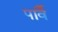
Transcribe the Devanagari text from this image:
पार्वै